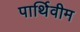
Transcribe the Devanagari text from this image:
पार्थिवीम